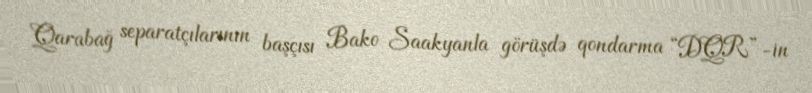
Qarabağ separatçılarının başçısı Bako Saakyanla görüşdə qondarma “DQR”-in